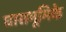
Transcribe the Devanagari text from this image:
घासभूमिके